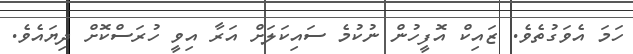
ހަމަ އެވަގުތެވެ. ޒައިކް އޮފީހުން ނުކުމެ ސައިކަލަށް އަރާ އިވީ ހުރަސްކޮށް ދިޔައެވެ.